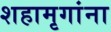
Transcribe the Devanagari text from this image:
शहामृगांना